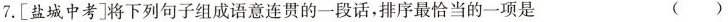
7.[盐城中考]将下列句子组成语意连贯的一段话，排序最恰当的一项是 ( )